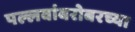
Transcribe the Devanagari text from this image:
पल्लवांबरोबरच्या